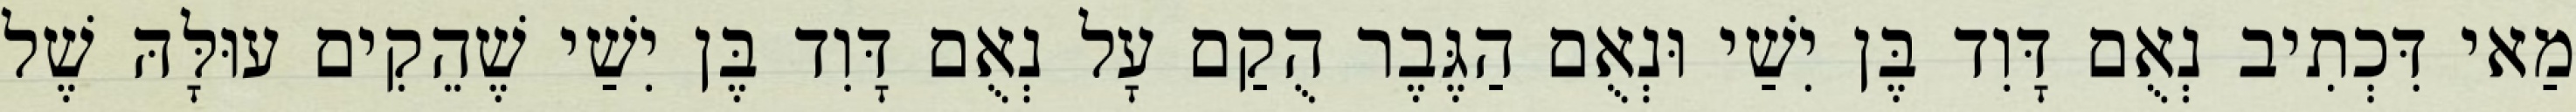
מַאי דִּכְתִיב נְאֻם דָּוִד בֶּן יִשַׁי וּנְאֻם הַגֶּבֶר הֻקַם עָל נְאֻם דָּוִד בֶּן יִשַׁי שֶׁהֵקִים עוּלָּהּ שֶׁל